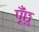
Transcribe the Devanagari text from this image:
पूँछु